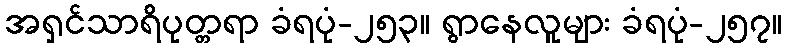
အရှင်သာရိပုတ္တရာ ခံရပုံ-၂၅၃။ ရွာနေလူများ ခံရပုံ-၂၅၇။